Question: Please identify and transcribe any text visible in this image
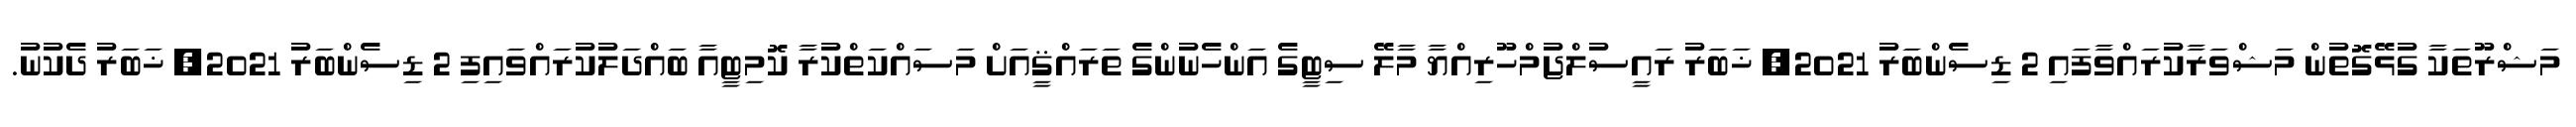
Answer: މަޝްރޫތަކާ ގުޅޭގޮތުން މަޝްވަރާކުރައްވާފައި 2 ޑިސެންބަރު 2021, ޚަބަރު ރައީސުލްޖުމްހޫރިއްޔާ މާލޭ ސިޓީގެ އަންހެނުންގެ ތަރައްޤީއަށް މަސައްކަތްކުރާ ކޮމިޓީއާ ބައްދަލުކުރައްވައިފި 2 ޑިސެންބަރު 2021, ޚަބަރު ދެކުނު.